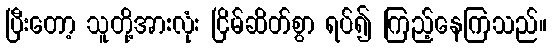
ပြီးတော့ သူတို့အားလုံး ငြိမ်ဆိတ်စွာ ရပ်၍ ကြည့်နေကြသည်။